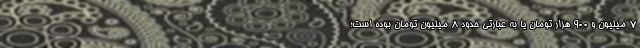
۷ میلیون و ۹۰۰ هزار تومان یا به عبارتی حدود ۸ میلیون تومان بوده است؛